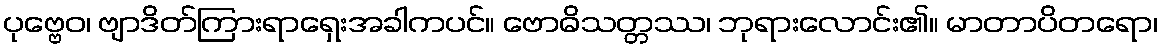
ပုဗ္ဗေဝ၊ ဗျာဒိတ်ကြားရာရှေးအခါကပင်။ ဗောဓိသတ္တဿ၊ ဘုရားလောင်း၏။ မာတာပိတရော၊